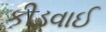
કીડવાઈ